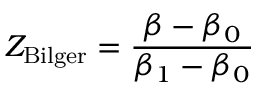
Z _ { \mathrm { B i l g e r } } = \frac { \beta - \beta _ { 0 } } { \beta _ { 1 } - \beta _ { 0 } }